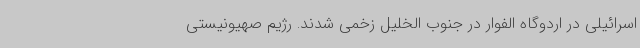
اسرائیلی در اردوگاه الفوار در جنوب الخلیل زخمی شدند. رژیم صهیونیستی